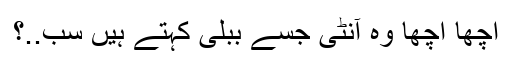
اچھا اچھا وہ آنٹی جسے ببلی کہتے ہیں سب..؟